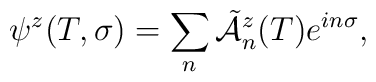
\psi^{z}(T,\sigma)=\sum_{n}\tilde{\cal A}\vphantom{\cal A}_{n}^{z}(T)e^{in\sigma} ,